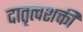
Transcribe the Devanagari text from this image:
दातृत्वशक्ती